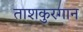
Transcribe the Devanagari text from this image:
ताशकुरगान